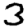
Digit: 3